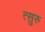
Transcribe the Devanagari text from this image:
त्सुरु